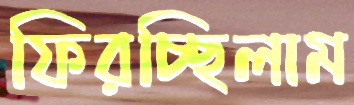
ফিরচ্ছিলাম